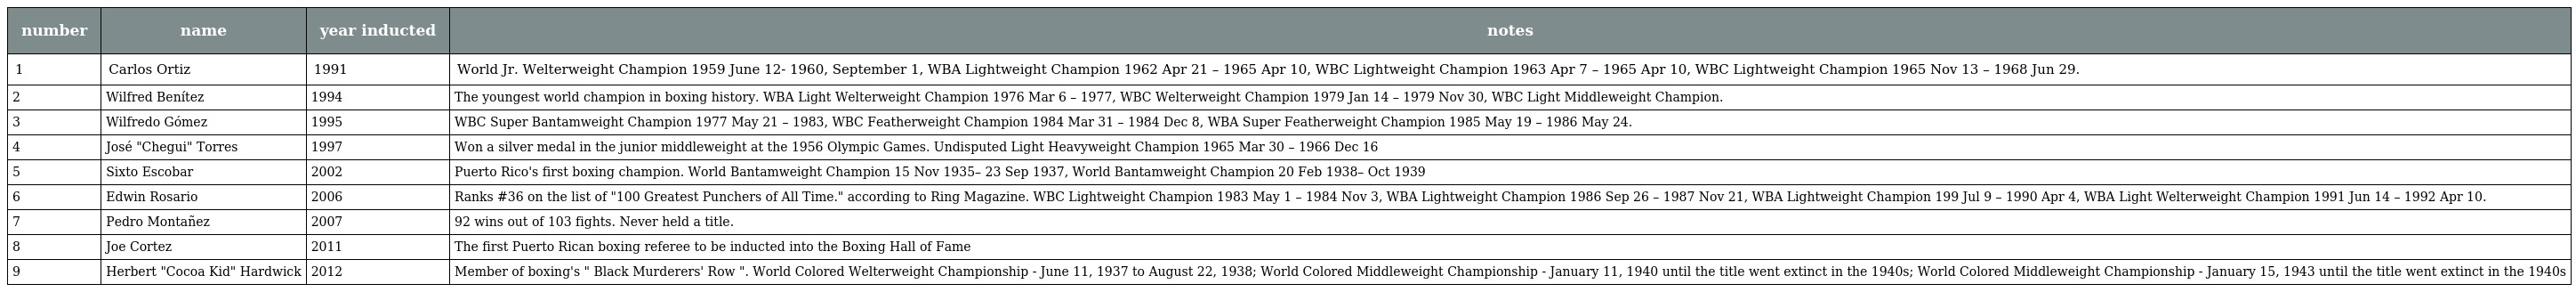
| number | name | year inducted | notes |
 | --- | --- | --- | --- |
 | 1 | Carlos Ortiz | 1991 | World Jr. Welterweight Champion 1959 June 12- 1960, September 1, WBA Lightweight Champion 1962 Apr 21 – 1965 Apr 10, WBC Lightweight Champion 1963 Apr 7 – 1965 Apr 10, WBC Lightweight Champion 1965 Nov 13 – 1968 Jun 29. |
 | 2 | Wilfred Benítez | 1994 | The youngest world champion in boxing history. WBA Light Welterweight Champion 1976 Mar 6 – 1977, WBC Welterweight Champion 1979 Jan 14 – 1979 Nov 30, WBC Light Middleweight Champion. |
 | 3 | Wilfredo Gómez | 1995 | WBC Super Bantamweight Champion 1977 May 21 – 1983, WBC Featherweight Champion 1984 Mar 31 – 1984 Dec 8, WBA Super Featherweight Champion 1985 May 19 – 1986 May 24. |
 | 4 | José "Chegui" Torres | 1997 | Won a silver medal in the junior middleweight at the 1956 Olympic Games. Undisputed Light Heavyweight Champion 1965 Mar 30 – 1966 Dec 16 |
 | 5 | Sixto Escobar | 2002 | Puerto Rico's first boxing champion. World Bantamweight Champion 15 Nov 1935– 23 Sep 1937, World Bantamweight Champion 20 Feb 1938– Oct 1939 |
 | 6 | Edwin Rosario | 2006 | Ranks #36 on the list of "100 Greatest Punchers of All Time." according to Ring Magazine. WBC Lightweight Champion 1983 May 1 – 1984 Nov 3, WBA Lightweight Champion 1986 Sep 26 – 1987 Nov 21, WBA Lightweight Champion 199 Jul 9 – 1990 Apr 4, WBA Light Welterweight Champion 1991 Jun 14 – 1992 Apr 10. |
 | 7 | Pedro Montañez | 2007 | 92 wins out of 103 fights. Never held a title. |
 | 8 | Joe Cortez | 2011 | The first Puerto Rican boxing referee to be inducted into the Boxing Hall of Fame |
 | 9 | Herbert "Cocoa Kid" Hardwick | 2012 | Member of boxing's " Black Murderers' Row ". World Colored Welterweight Championship - June 11, 1937 to August 22, 1938; World Colored Middleweight Championship - January 11, 1940 until the title went extinct in the 1940s; World Colored Middleweight Championship - January 15, 1943 until the title went extinct in the 1940s |